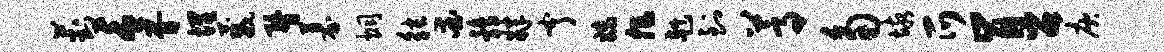
葑言胥埋葳瞀募炯觖爱鹑肄亨妹非赳到蒿角垓爪肯召庾